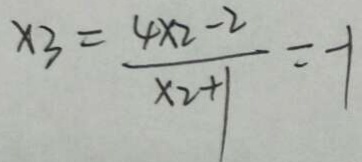
x _ { 3 } = \frac { 4 x _ { 2 } - 2 } { x _ { 2 } + 1 } = - 1